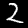
Digit: 2